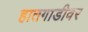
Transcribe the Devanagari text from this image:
हातगाडीवर